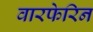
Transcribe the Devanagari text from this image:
वारफेरिन